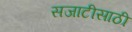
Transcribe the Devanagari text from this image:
सजाटीसाठी